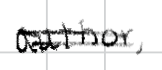
Text: author,
Cross-out: double-line
Writing tool: digital_black